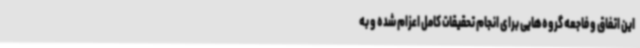
این اتفاق و فاجعه گروه‌هایی برای انجام تحقیقات کامل اعزام شده و به